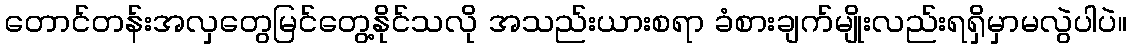
တောင်တန်းအလှတွေမြင်တွေ့နိုင်သလို အသည်းယားစရာ ခံစားချက်မျိုးလည်းရရှိမှာမလွဲပါပဲ။